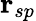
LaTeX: \mathbf{r}_{sp}